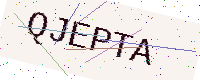
Text: QJEPTA